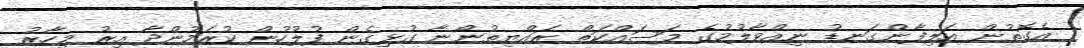
އެގޮތުން އަލިފާންގަނޑު ނިއްވާލުމުގެ މަސައްކަތް ރައްޔިތުންނާ ގުޅިގެން ފުލުހުން ކުރަމުންދާ އިރު މިހާރު